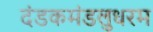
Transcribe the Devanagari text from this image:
दंडकमंडलुधरम